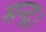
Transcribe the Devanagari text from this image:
मन्द्र।